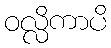
ဝလ္လိကာပိ